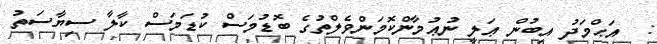
:  އަޙްމަދު އިބުން ޢަލީ ނުޢުމާންކޮމަންވެލްތުގެ ބޮޑުމަސް ކުޑަމަސް ކާލާ ސިޔާސަތު